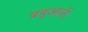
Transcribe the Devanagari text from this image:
बबुआजी